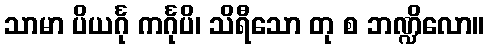
သာမာ ပိယင်္ဂု ကင်္ဂုပိ၊ သိရီသော တု စ ဘဏ္ဍိလော။